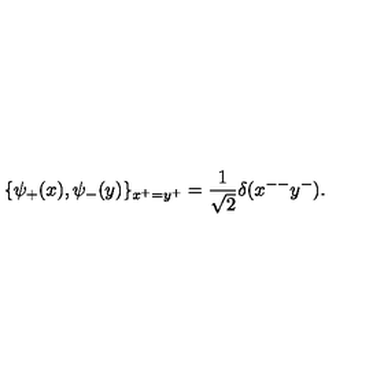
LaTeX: \{ \psi _ { + } ( x ) , \psi _ { - } ( y ) \} _ { x ^ { + } = y ^ { + } } = \frac { 1 } { \sqrt 2 } \delta ( x ^ { -- } y ^ { - } ) .